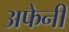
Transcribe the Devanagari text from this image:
अफेनी